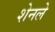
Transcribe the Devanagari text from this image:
शेनले